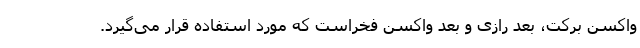
واکسن برکت، بعد رازی و بعد واکسن فخراست که مورد استفاده قرار می‌گیرد.